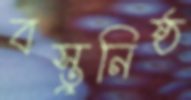
বস্তুনিষ্ঠ